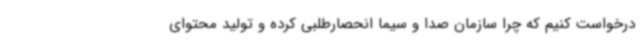
درخواست کنیم که چرا سازمان صدا و سیما انحصارطلبی کرده و تولید محتوای